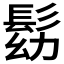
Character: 𩬗